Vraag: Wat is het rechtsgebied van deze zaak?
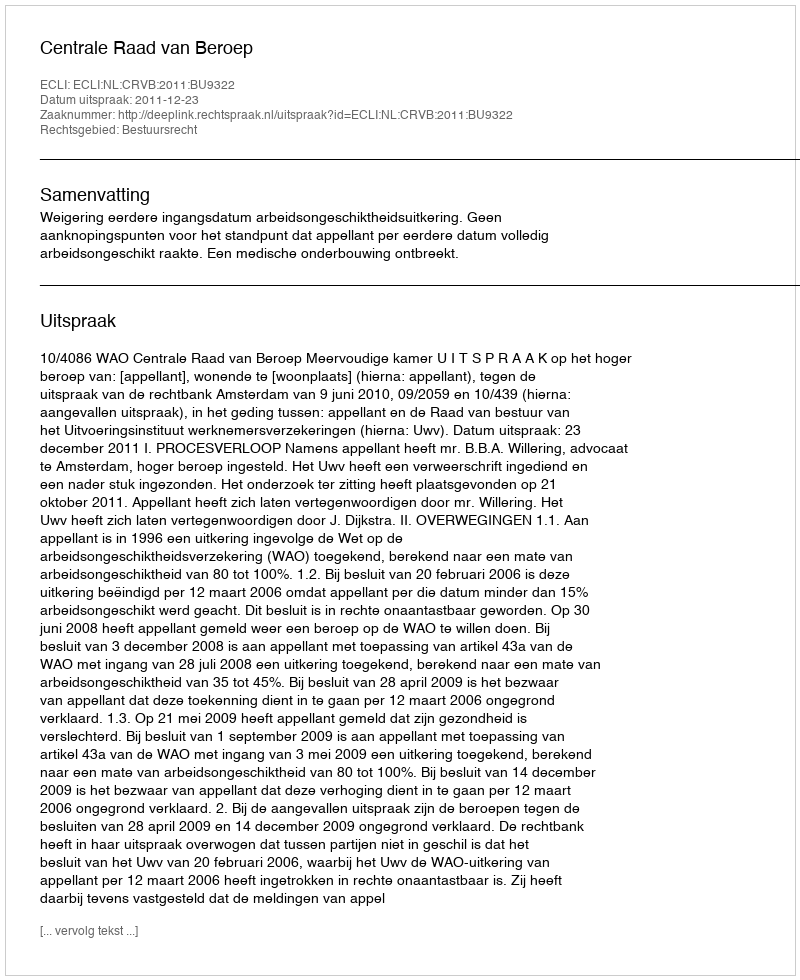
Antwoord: Bestuursrecht